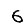
Digit: 6